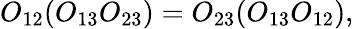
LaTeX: O_{12}(O_{13}O_{23})=O_{23}(O_{13}O_{12}),